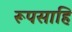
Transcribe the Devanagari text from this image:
रूपसाहि